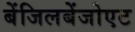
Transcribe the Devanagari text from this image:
बेंजिलबेंजोएट